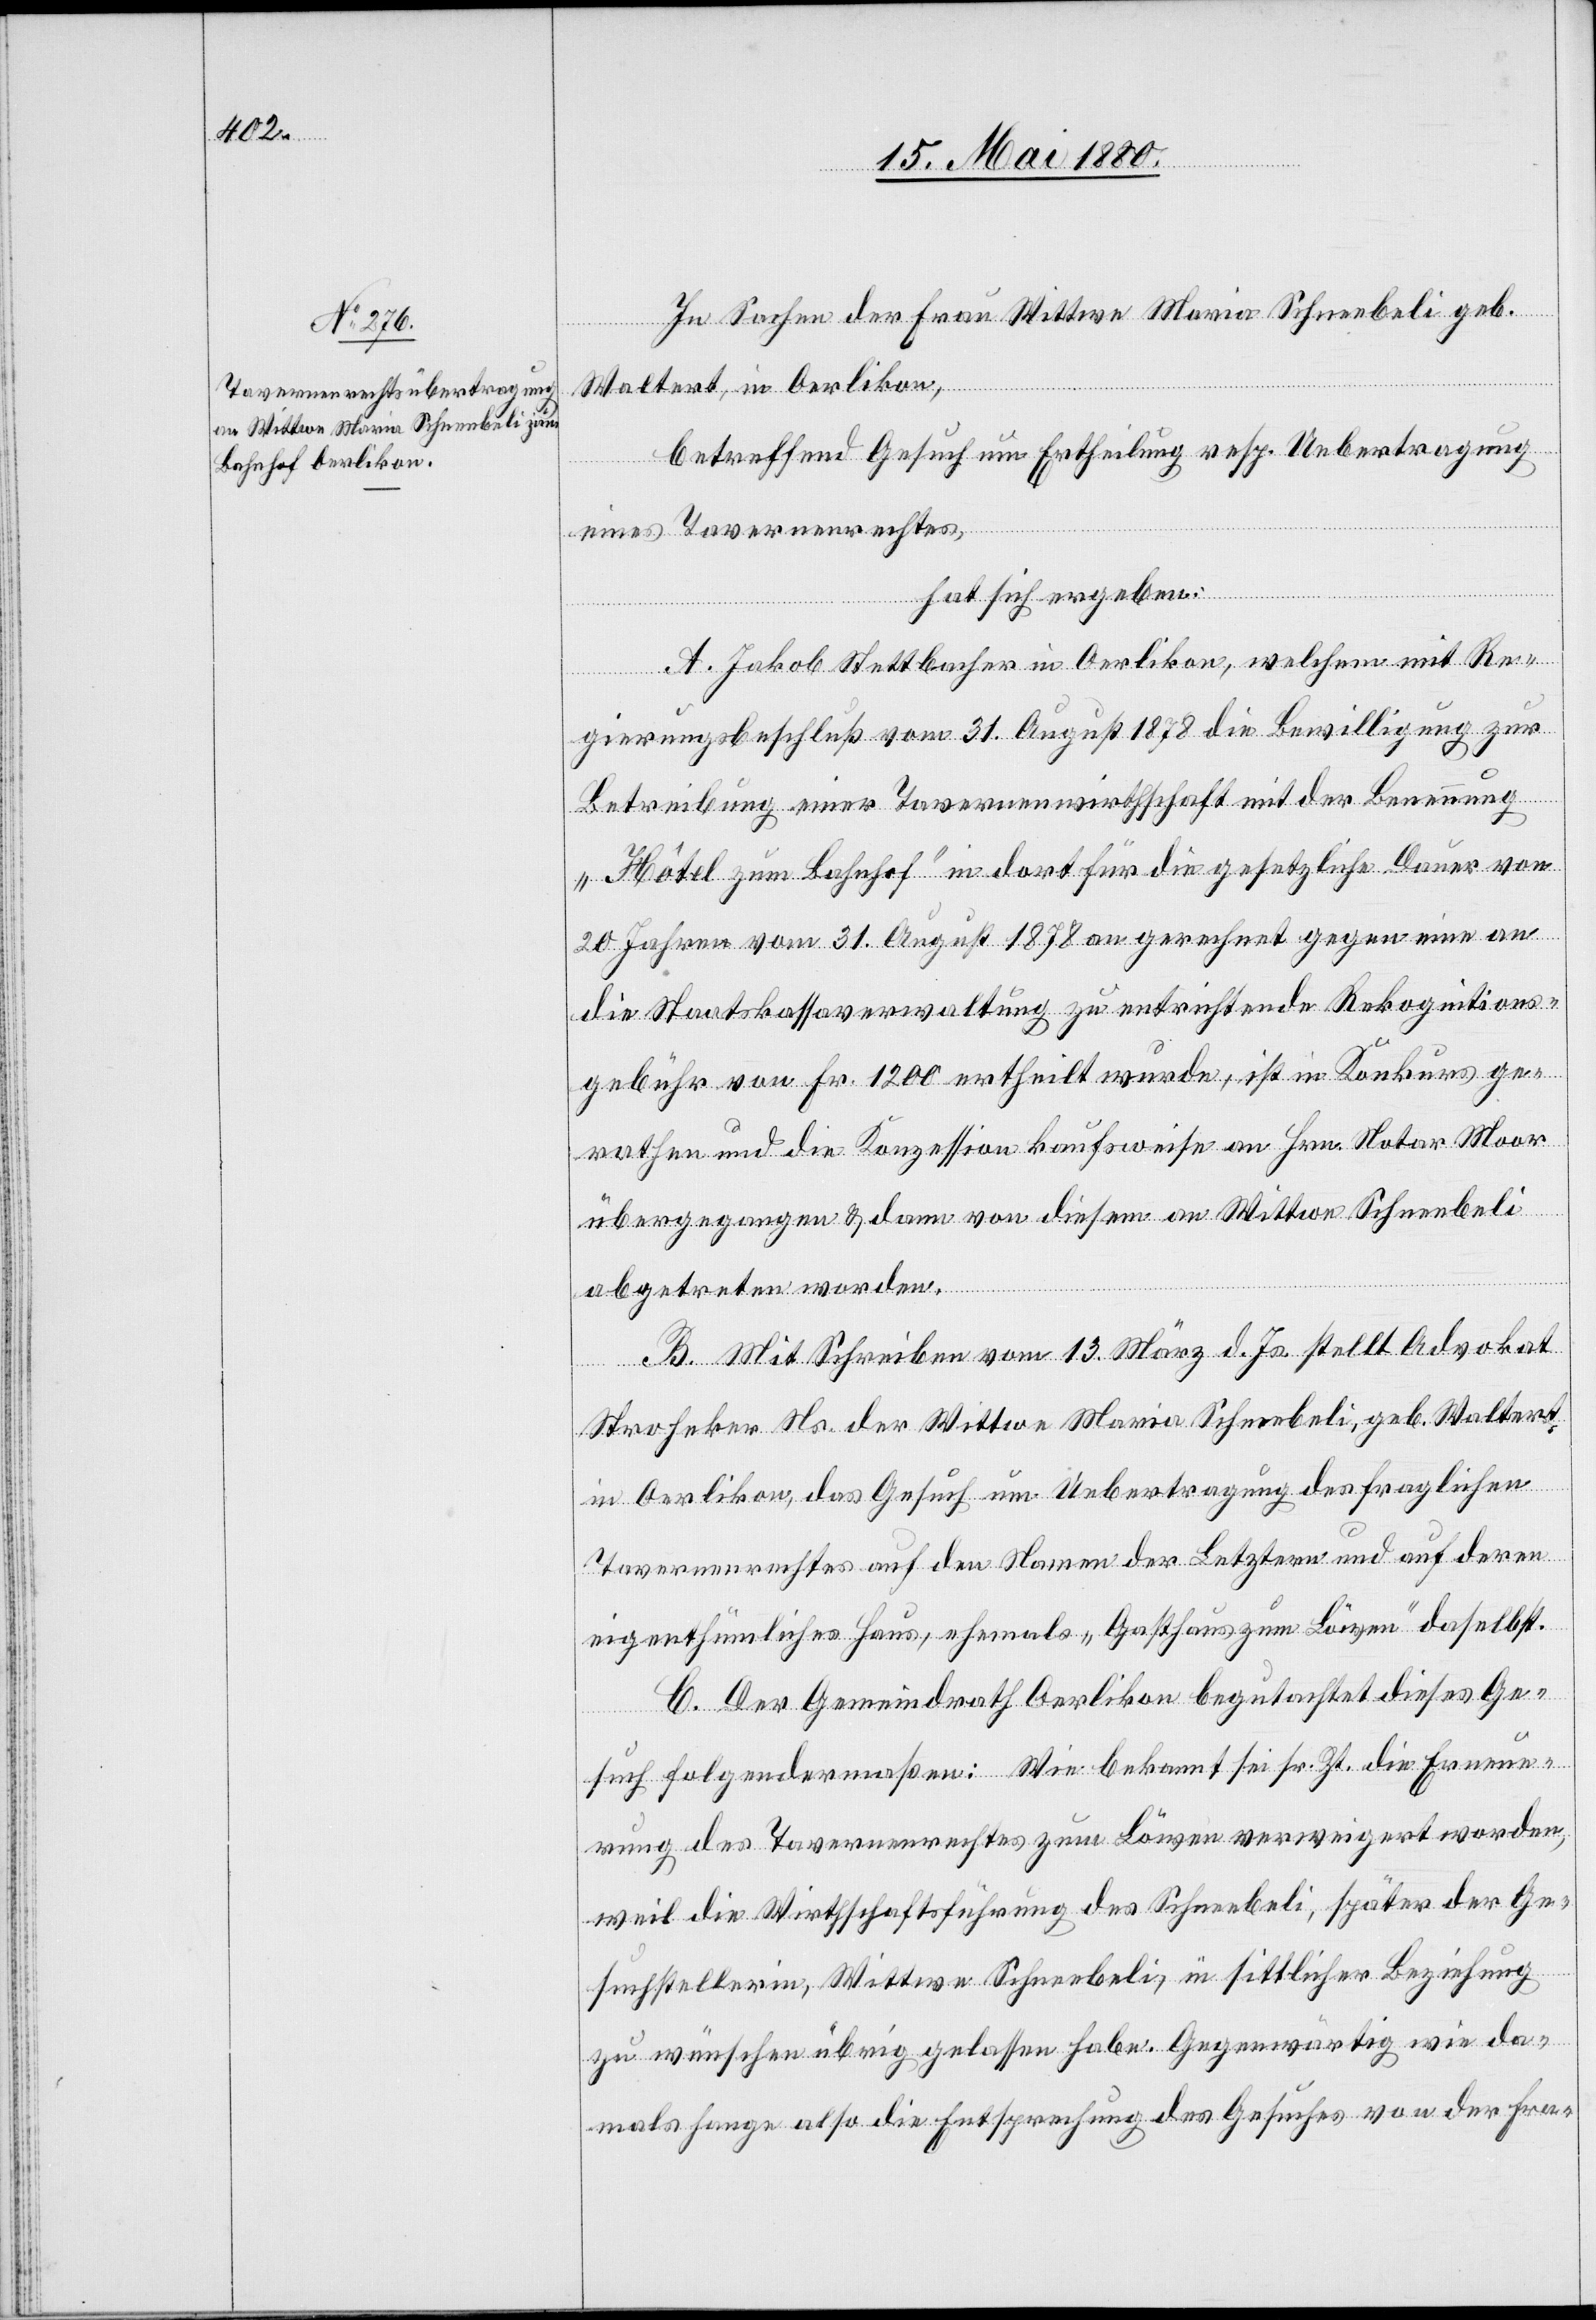
In Sachen der Frau Wittwe Maria Schneebeli geb.
Waltert, in Oerlikon,
betreffend Gesuch um Ertheilung resp. Uebertragung
eines Tavernenrechtes,
hat sich ergeben:
A. Jakob Stettbacher in Oerlikon, welchem mit Re¬
gierungsbeschluß vom 31. August 1878 die Bewilligung zur
Betreibung einer Tavernenwirthschaft mit der Benennung
„Hôtel zum Bahnhof“ in dort für die gesetzliche Dauer von
20 Jahren vom 31. August 1878 an gerechnet gegen eine an
die Staatskassaverwaltung zu entrichtende Rekognitions¬
gebühr von Fr. 1200 ertheilt wurde, ist in Konkurs ge¬
rathen und die Konzession kaufsweise an Hrn. Notar Moor
übergegangen & dann von diesem an Wittwe Schneebeli
abgetreten worden.
B. Mit Schreiben vom 13. März d. Js. stellt Advokat
Strohecker Ns. der Wittwe Maria Schneebeli, geb. Waltert
in Oerlikon, das Gesuch um Uebertragung des fraglichen
Tavernenrechtes auf den Namen der Letztern und auf deren
eigenthümliches Haus, ehemals „Gasthaus zum Löwen“ daselbst.
C. Der Gemeindrath Oerlikon begutachtet dieses Ge¬
such folgendermaßen: Wie bekannt sei sr. Zt. die Erneue¬
rung des Tavernenrechtes zum Löwen verweigert worden,
weil die Wirthschaftsführung des Schneebeli, später der Ge¬
suchstellerin, Wittwe Schneebeli, in sittlicher Beziehung
zu wünschen übrig gelassen habe. Gegenwärtig wie da¬
mals hange also die Entsprechung des Gesuches von der Fra-